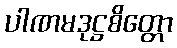
ပါဏမဒုဋ္ဌစိတ္တော